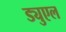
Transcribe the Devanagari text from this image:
ड्युएल